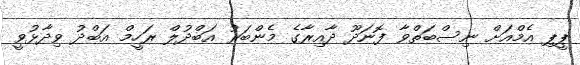
ޕީޕި އެމްއަށް ނިސްބަތްވާ ފޮނަދޫ ދާއިރާގެ މެންބަރު އަބްދުލް ރަހީމް އަބްދު ވިދާޅުވީ